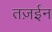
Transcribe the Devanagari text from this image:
तज़ईन